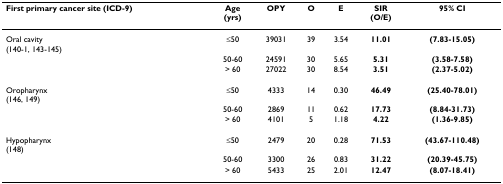
<table><thead><tr><td><b>First primary cancer site (ICD-9)</b></td><td><b>Age(yrs)</b></td><td><b>OPY</b></td><td><b>O</b></td><td><b>E</b></td><td><b>SIR(O/E)</b></td><td><b>95% CI</b></td></tr></thead><tbody><tr><td>Oral cavity(140-1, 143-145)</td><td>≤50</td><td>39031</td><td>39</td><td>3.54</td><td><b>11.01</b></td><td><b>(7.83-15.05)</b></td></tr><tr><td></td><td>50-60</td><td>24591</td><td>30</td><td>5.65</td><td><b>5.31</b></td><td><b>(3.58-7.58)</b></td></tr><tr><td></td><td>&gt; 60</td><td>27022</td><td>30</td><td>8.54</td><td><b>3.51</b></td><td><b>(2.37-5.02)</b></td></tr><tr><td>Oropharynx(146, 149)</td><td>≤50</td><td>4333</td><td>14</td><td>0.30</td><td><b>46.49</b></td><td><b>(25.40-78.01)</b></td></tr><tr><td></td><td>50-60</td><td>2869</td><td>11</td><td>0.62</td><td><b>17.73</b></td><td><b>(8.84-31.73)</b></td></tr><tr><td></td><td>&gt; 60</td><td>4101</td><td>5</td><td>1.18</td><td><b>4.22</b></td><td><b>(1.36-9.85)</b></td></tr><tr><td>Hypopharynx(148)</td><td>≤50</td><td>2479</td><td>20</td><td>0.28</td><td><b>71.53</b></td><td><b>(43.67-110.48)</b></td></tr><tr><td></td><td>50-60</td><td>3300</td><td>26</td><td>0.83</td><td><b>31.22</b></td><td><b>(20.39-45.75)</b></td></tr><tr><td></td><td>&gt; 60</td><td>5433</td><td>25</td><td>2.01</td><td><b>12.47</b></td><td><b>(8.07-18.41)</b></td></tr></tbody></table>